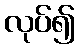
လုပ်၍